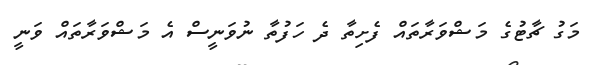
މަގު ޗާޓުގެ މަޝްވަރާތައް ފެށިތާ ދެ ހަފުތާ ނުވަނީސް އެ މަޝްވަރާތައް ވަނީ